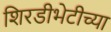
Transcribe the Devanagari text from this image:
शिरडीभेटीच्या